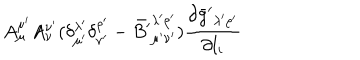
A _ { \mu } ^ { \mu ^ { \prime } } A _ { \nu } ^ { \nu ^ { \prime } } ( \delta _ { \mu ^ { \prime } } ^ { \lambda ^ { \prime } } \delta _ { \nu ^ { \prime } } ^ { \rho ^ { \prime } } - { \bar { B ^ { \prime } } } _ { \mu ^ { \prime } \nu ^ { \prime } } ^ { \lambda ^ { \prime } \rho ^ { \prime } } ) \frac { \partial { \bar { g } ^ { \prime } } _ { \lambda ^ { \prime } \rho ^ { \prime } } } { \partial l _ { i } }